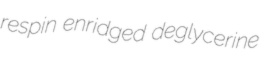
respin enridged deglycerine